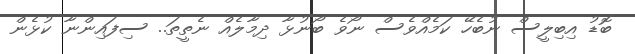
ބޮޑު އިބިލީސް ނުބެހޭ ކަމެއްވެސް ނޯވެ ބޯނުޅާ ދިމާލެއް ނެތީތަ.. ސިފައިންނާ ކުޅެން